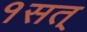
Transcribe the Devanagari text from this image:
१सत्